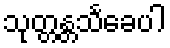
သုတ္တန္တသင်္ခေပါ